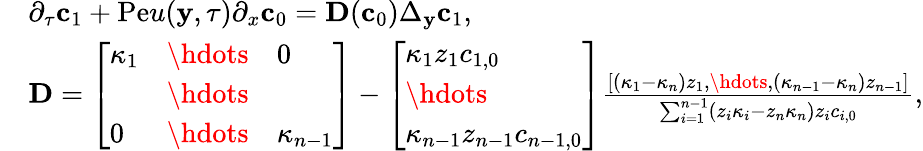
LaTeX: \begin{array}{rl}&{\partial_{\tau}\mathbf{c}_{1}+\mathrm{Pe}u(\mathbf{y},\tau)\partial_{x}\mathbf{c}_{0}=\mathbf{D}(\mathbf{c}_{0})\Delta_{\mathbf{y}}\mathbf{c}_{1},}\\ &{\mathbf{D}=\left[\begin{array}{lll}{\kappa_{1}}&{\hdots}&{0}\\ &{\hdots}&\\ {0}&{\hdots}&{\kappa_{n-1}}\end{array}\right]-\left[\begin{array}{l}{\kappa_{1}z_{1}c_{1,0}}\\ {\hdots}\\ {\kappa_{n-1}z_{n-1}c_{n-1,0}}\end{array}\right]\frac{\left[\begin{array}{l}{(\kappa_{1}-\kappa_{n})z_{1},\hdots,(\kappa_{n-1}-\kappa_{n})z_{n-1}}\end{array}\right]}{\sum_{i=1}^{n-1}(z_{i}\kappa_{i}-z_{n}\kappa_{n})z_{i}c_{i,0}},}\end{array}